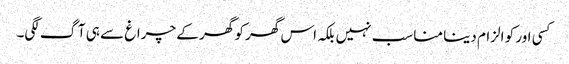
کسی اور کو الزام دینا مناسب نہیں بلکہ اس گھر کو گھر کے چراغ سے ہی آگ لگی۔